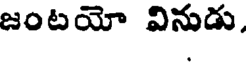
జంటయో వినుడు.